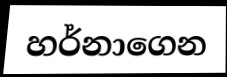
හර්නාගෙන